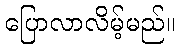
ပြောလာလိမ့်မည်။